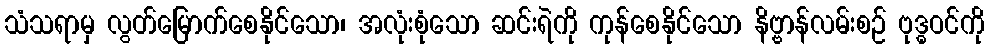
သံသရာမှ လွတ်မြောက်စေနိုင်သော၊ အလုံးစုံသော ဆင်းရဲကို ကုန်စေနိုင်သော နိဗ္ဗာန်လမ်းစဉ် ဗုဒ္ဓဝင်ကို